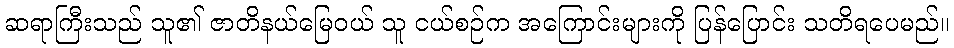
ဆရာကြီးသည် သူ၏ ဇာတိနယ်မြေဝယ် သူ ငယ်စဉ်က အကြောင်းများကို ပြန်ပြောင်း သတိရပေမည်။